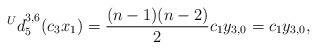
LaTeX: \begin{align*} {^Ud}_{5}^{3,6}(c_3x_1)=\frac{(n-1)(n-2)}{2}c_1y_{3,0}=c_1y_{3,0}, \end{align*}